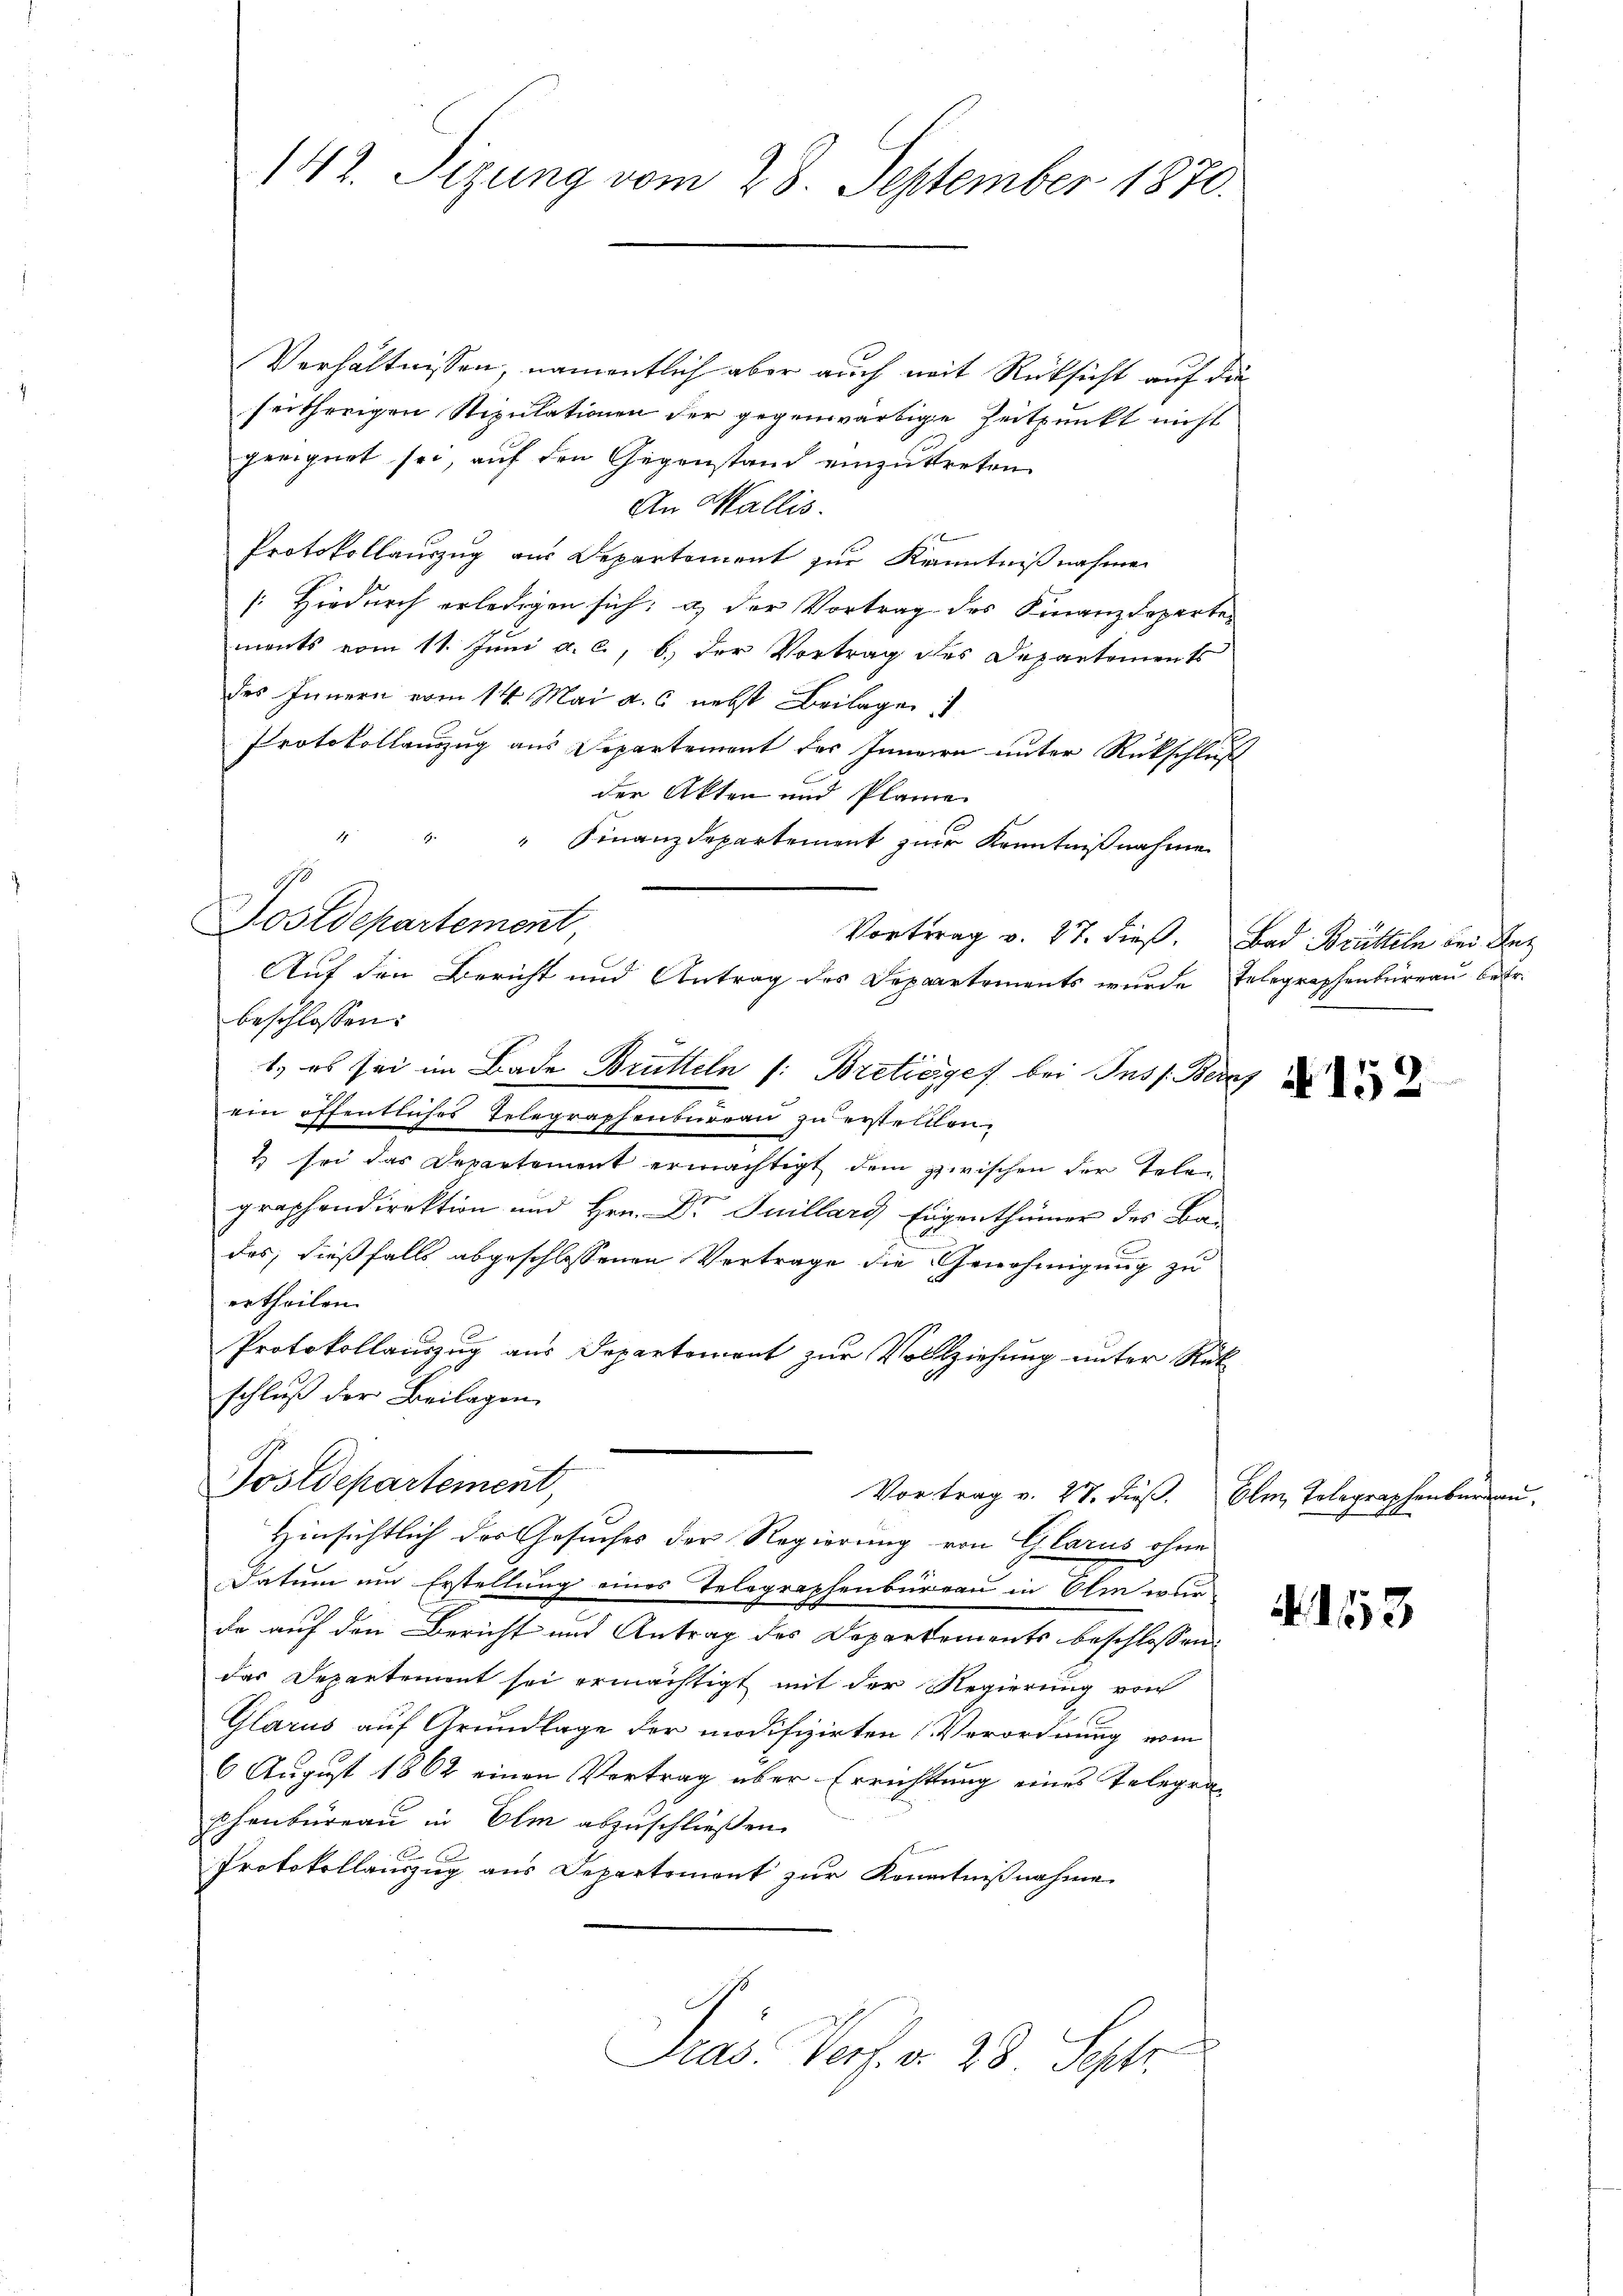
142. Sizung vom 28. September 1870.

Verhältnissen, namentlich aber auch mit Rücksicht auf die
seitherigen Stipulationen der gegenwärtige Zeitpunkt nicht
geeignet sei, auf den Gegenstand einzutreten
An Wallis.
Protokollauszug aus Departement zur Kenntnißnahmen
[: Hiedurch erledigen sich: a) der Vortrag des Finanzdepartements vom 11. Juni a. c., b. der Vortrag des Departements
des Innern vom 14. Mai a. c. nebst Beilagen
Protokollanzug aus Departement des Innern unter Rückschluß
der Akten und Pläne.
" " " Finanzdepartement zŭr Kenntniβnahme
Postdepartement,
Vortrag v. 27. dieß. Bad Brütteln bei Bez
beschlossen:
1. es sei im Bade Brütteln (: Bretioges bei Ins Beruf
ein öffentliches Telegraphenbureau zu erstellten.
1 sei das Departement ermächtigt dem zwischen der Telegraphendirektion und Hrn. Dr Juillard Eigenthümer des Badas, dießfalls abgeschlossenen Vertrage die Genehmigung zu
ertheilen.
Protokollauszug aus Departement zur Vollziehung unter Rük
schluß der Beilagen
Postdepartement,
Vortrag v. 27. dieß. Elm Telegraphenburgau,
Hinsichtlich des Gesuches der Regierung von Glarus ohne
Datum um Erstellung eines Telegraphenbureau in Olm wur
de auf den Bericht und Antrag des Departements beschlossen:
das Departement sei ermächtigt mit der Regierung von
Glarus auf Grundlage der modifizirten Verordnung vom
6 August 1862 einen Vortrag über Errichtung eines Telegra¬
Chenbureau in Elm abzuschließen.
Protokollauszug aus Departement zur Kenntnißnahme.
Pras. Verf. v. 28. Sept.

Auf den Bericht und Antrag des Departements wurde Telegraphenbureau betr.

4152

. 153